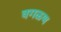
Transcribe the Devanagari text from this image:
वगळण